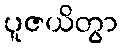
ပူဇယိတွာ